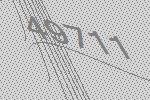
49711